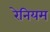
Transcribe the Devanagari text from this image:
रेनियम